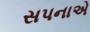
સપનાએ